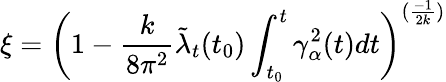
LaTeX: \xi=\left(1-\frac{k}{8\pi^{2}}{\tilde{\lambda}}_{t}(t_{0})\int_{t_{0}}^{t}\gamma_{\alpha}^{2}(t)dt\right)^{(\frac{-1}{2k})}